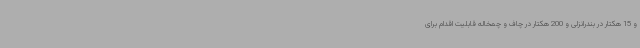
و 15 هکتار در بندرانزلی و 200 هکتار در چاف و چمخاله قابلیت اقدام برای